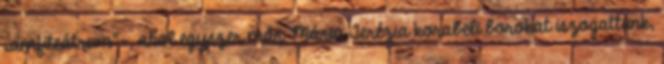
„amfiteátrum”-, ahol egyszer már Mária Terézia korabeli borokat iszogattunk,